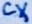
Text: CX